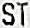
ST